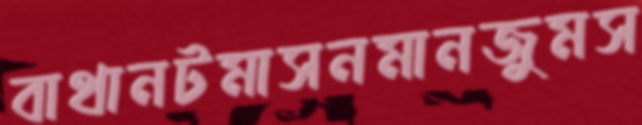
বাথানটমাসনমানজুমস